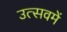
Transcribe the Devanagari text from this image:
उत्सवमें